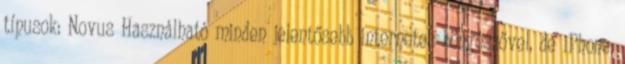
típusok: Novus Használható minden jelentősebb internetes böngészővel, de iPhone,